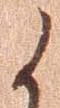
候